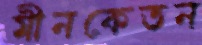
মীনকেতন